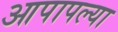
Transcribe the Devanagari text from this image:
आपापल्‍या